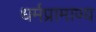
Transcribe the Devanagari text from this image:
धर्मप्रामाण्य